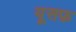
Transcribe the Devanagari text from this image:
यूसफ़